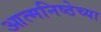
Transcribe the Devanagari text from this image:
आत्मनिष्ठेच्या